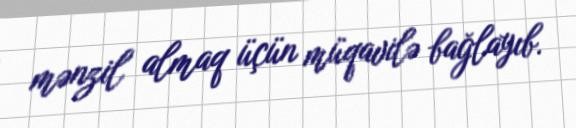
mənzil almaq üçün müqavilə bağlayıb.